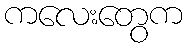
ကလေးတွေက